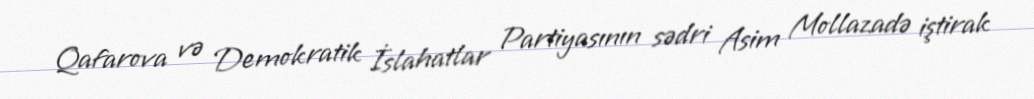
Qafarova və Demokratik İslahatlar Partiyasının sədri Asim Mollazadə iştirak